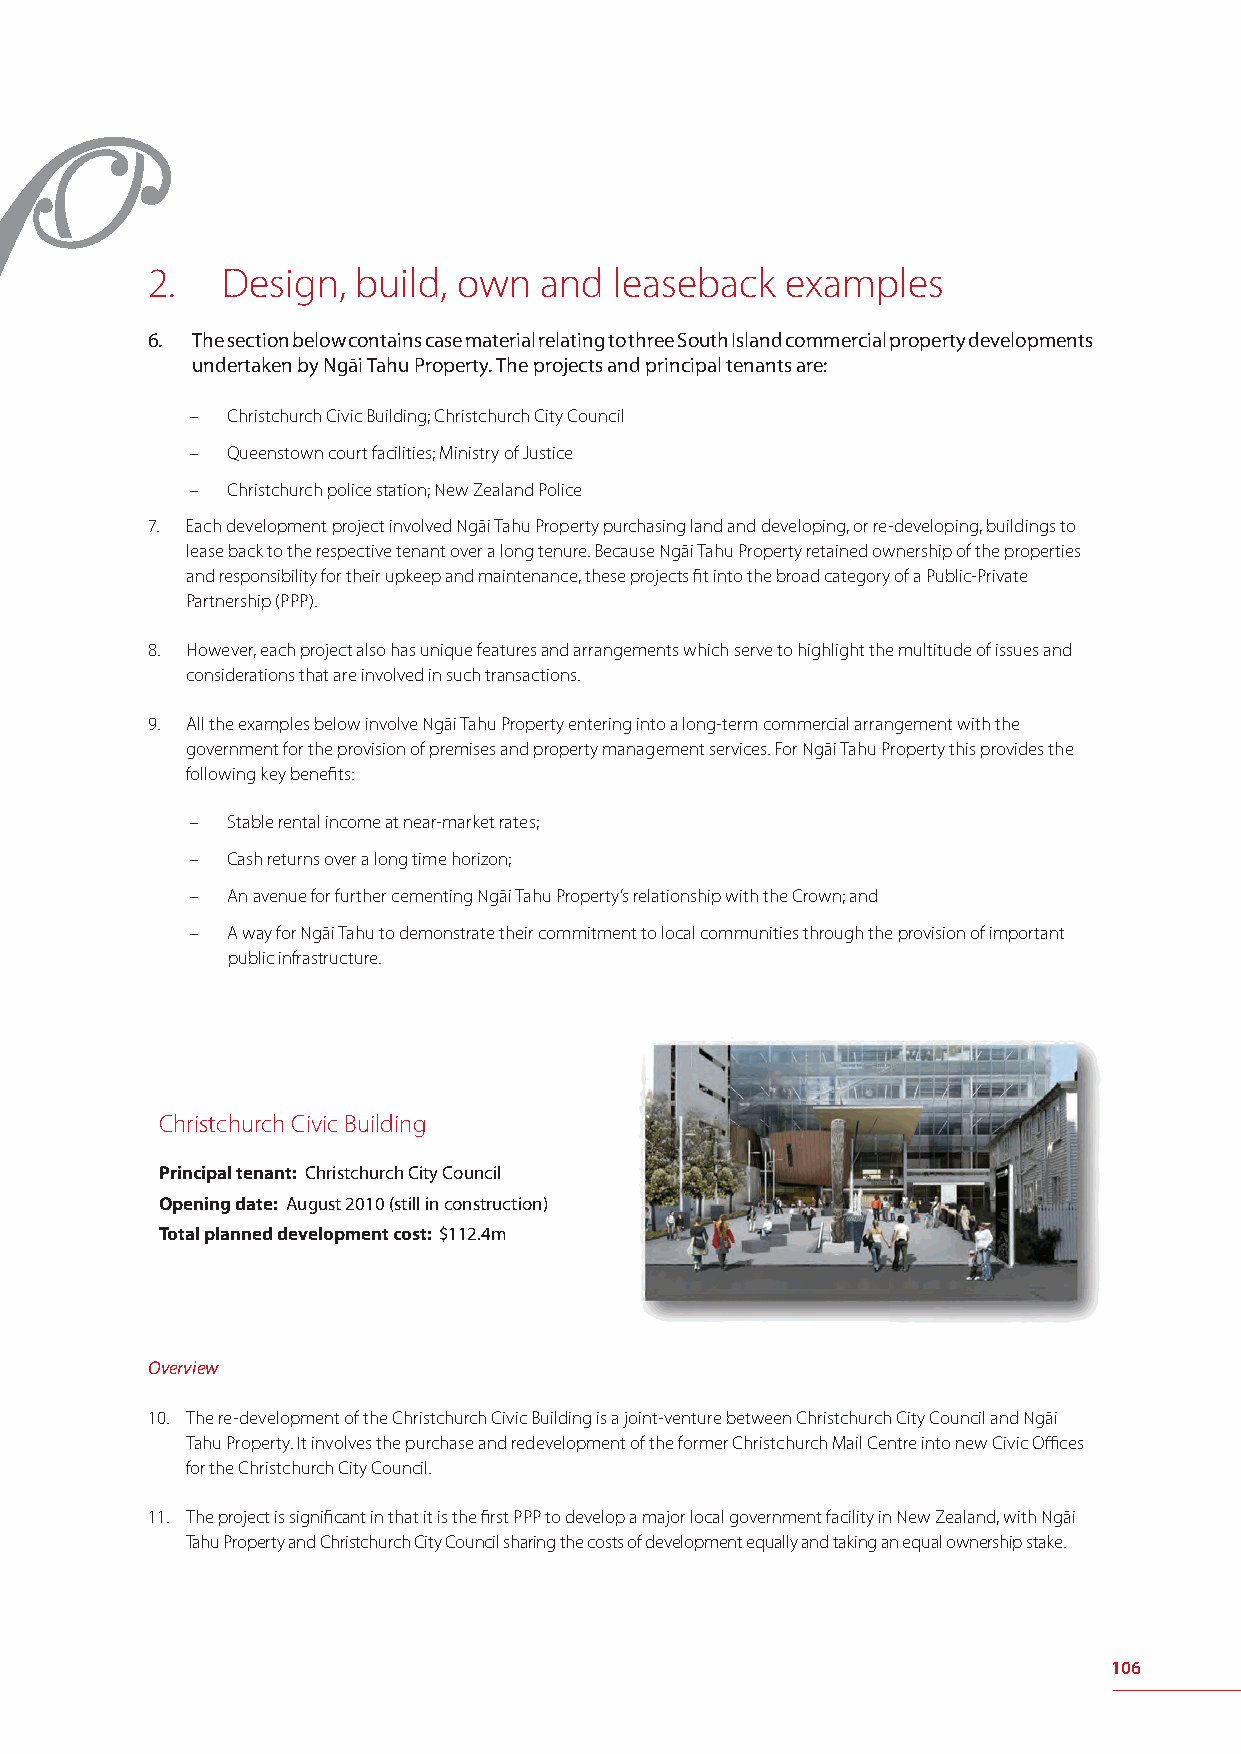
2.   Design,  build, own  and  leaseback  examples
 6. The section below contains case material relating to three South Island commercial property developments
 undertaken by Ngāi Tahu Property. The projects and principal tenants are:
 – Christchurch Civic Building; Christchurch City Council
 – Queenstown court facilities; Ministry of Justice
 – Christchurch police station; New Zealand Police
 7. Each development project involved Ngāi Tahu Property purchasing land and developing, or re-developing, buildings to
 lease back to the respective tenant over a long tenure. Because Ngāi Tahu Property retained ownership of the properties
 and responsibility for their upkeep and maintenance, these projects fi t into the broad category of a Public-Private
 Partnership (PPP).
 8. However, each project also has unique features and arrangements which serve to highlight the multitude of issues and
 considerations that are involved in such transactions.
 9. All the examples below involve Ngāi Tahu Property entering into a long-term commercial arrangement with the
 government for the provision of premises and property management services. For Ngāi Tahu Property this provides the
 following key benefi ts:
 – Stable rental income at near-market rates;
 – Cash returns over a long time horizon;
 – An avenue for further cementing Ngāi Tahu Property’s relationship with the Crown; and
 – A way for Ngāi Tahu to demonstrate their commitment to local communities through the provision of important
 public infrastructure.
 Christchurch Civic Building
 Principal tenant: Christchurch City Council
 Opening date: August 2010 (still in construction)
 Total planned development cost: $112.4m
 Overview
 10. The re-development of the Christchurch Civic Building is a joint-venture between Christchurch City Council and Ngāi
 Tahu Property. It involves the purchase and redevelopment of the former Christchurch Mail Centre into new Civic Offi ces
 for the Christchurch City Council.
 11. The project is signifi cant in that it is the fi rst PPP to develop a major local government facility in New Zealand, with Ngāi
 Tahu Property and Christchurch City Council sharing the costs of development equally and taking an equal ownership stake.
 106